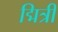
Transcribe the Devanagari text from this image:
द्मित्री